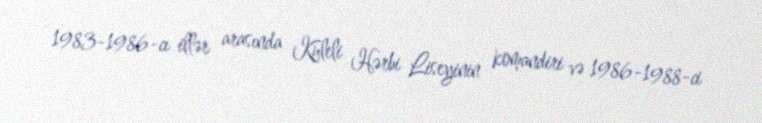
1983-1986-cı illər arasında Kuleli Hərbi Liseyinin komandiri və 1986-1988-ci